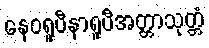
နေဝရူပီနာရူပီအတ္တာသုတ္တံ